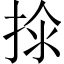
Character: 𱠂